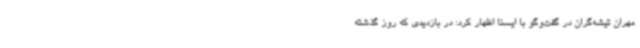
مهران تیشه‌گران در گفت‌وگو با ایسنا اظهار کرد: در بازدیدی که روز گذشته